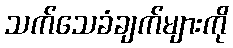
သက်သေခံချက်များကို